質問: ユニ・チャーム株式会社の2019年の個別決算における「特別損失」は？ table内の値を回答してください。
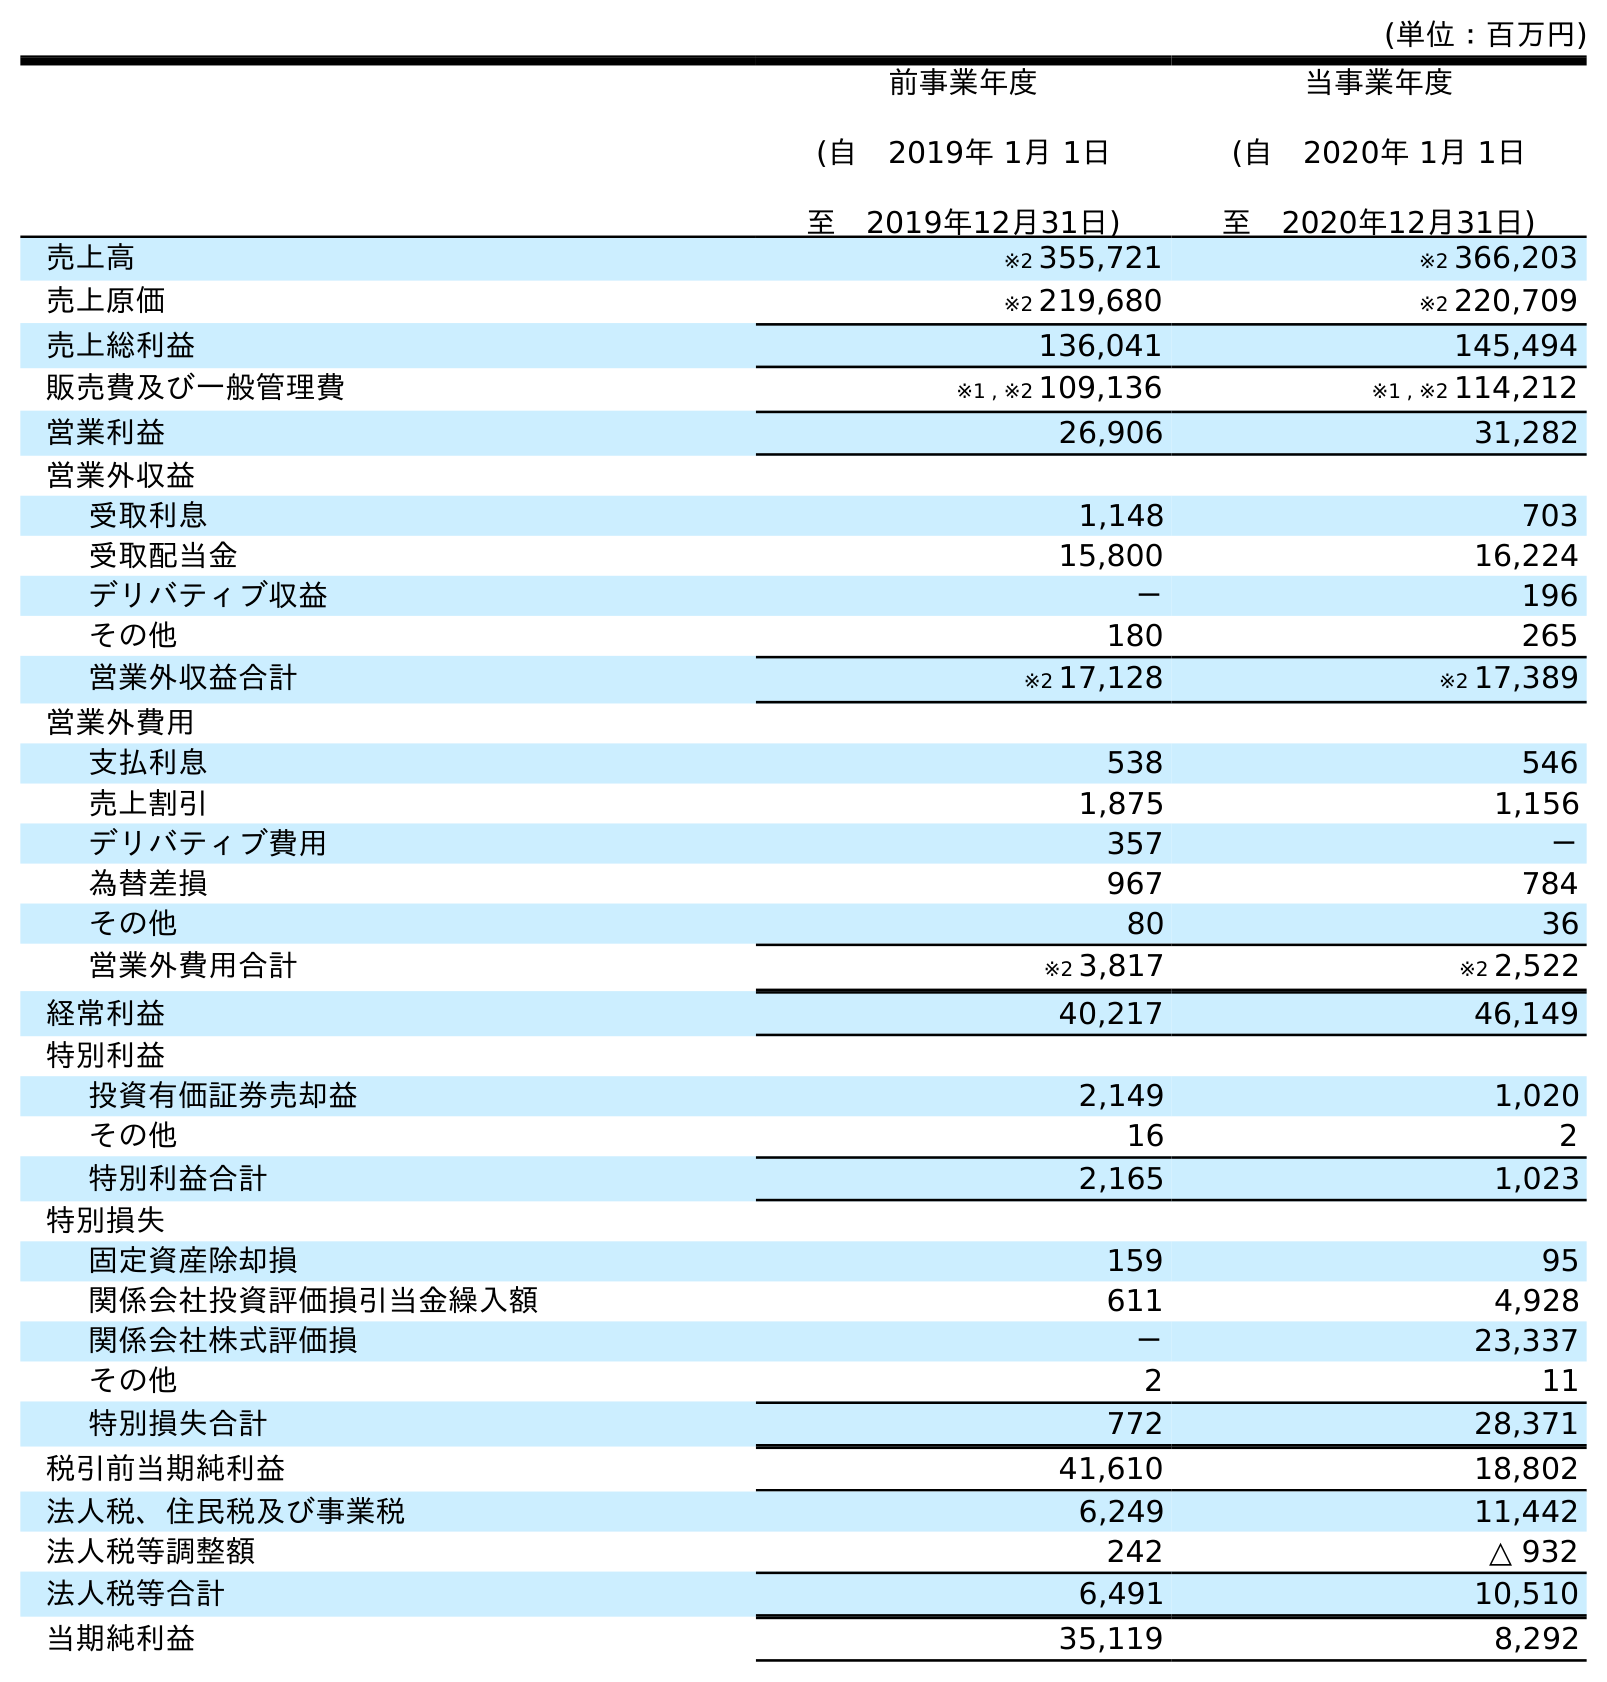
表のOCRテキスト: (単位：百万円) 前事業年度 (自 2019年 1月 1日 至 2019年12月31日) 当事業年度 (自 2020年 1月 1日 至 2020年12月31日) 売上高 ※2 355,721 ※2 366,203 売上原価 ※2 219,680 ※2 220,709 売上総利益 136,041 145,494 販売費及び一般管理費 ※1 , ※2 109,136 ※1 , ※2 114,212 営業利益 26,906 31,282 営業外収益 受取利息 1,148 703 受取配当金 15,800 16,224 デリバティブ収益 － 196 その他 180 265 営業外収益合計 ※2 17,128 ※2 17,389 営業外費用 支払利息 538 546 売上割引 1,875 1,156 デリバティブ費用 357 － 為替差損 967 784 その他 80 36 営業外費用合計 ※2 3,817 ※2 2,522 経常利益 40,217 46,149 特別利益 投資有価証券売却益 2,149 1,020 その他 16 2 特別利益合計 2,165 1,023 特別損失 固定資産除却損 159 95 関係会社投資評価損引当金繰入額 611 4,928 関係会社株式評価損 － 23,337 その他 2 11 特別損失合計 772 28,371 税引前当期純利益 41,610 18,802 法人税、住民税及び事業税 6,249 11,442 法人税等調整額 242 △ 932 法人税等合計 6,491 10,510 当期純利益 35,119 8,292
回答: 772